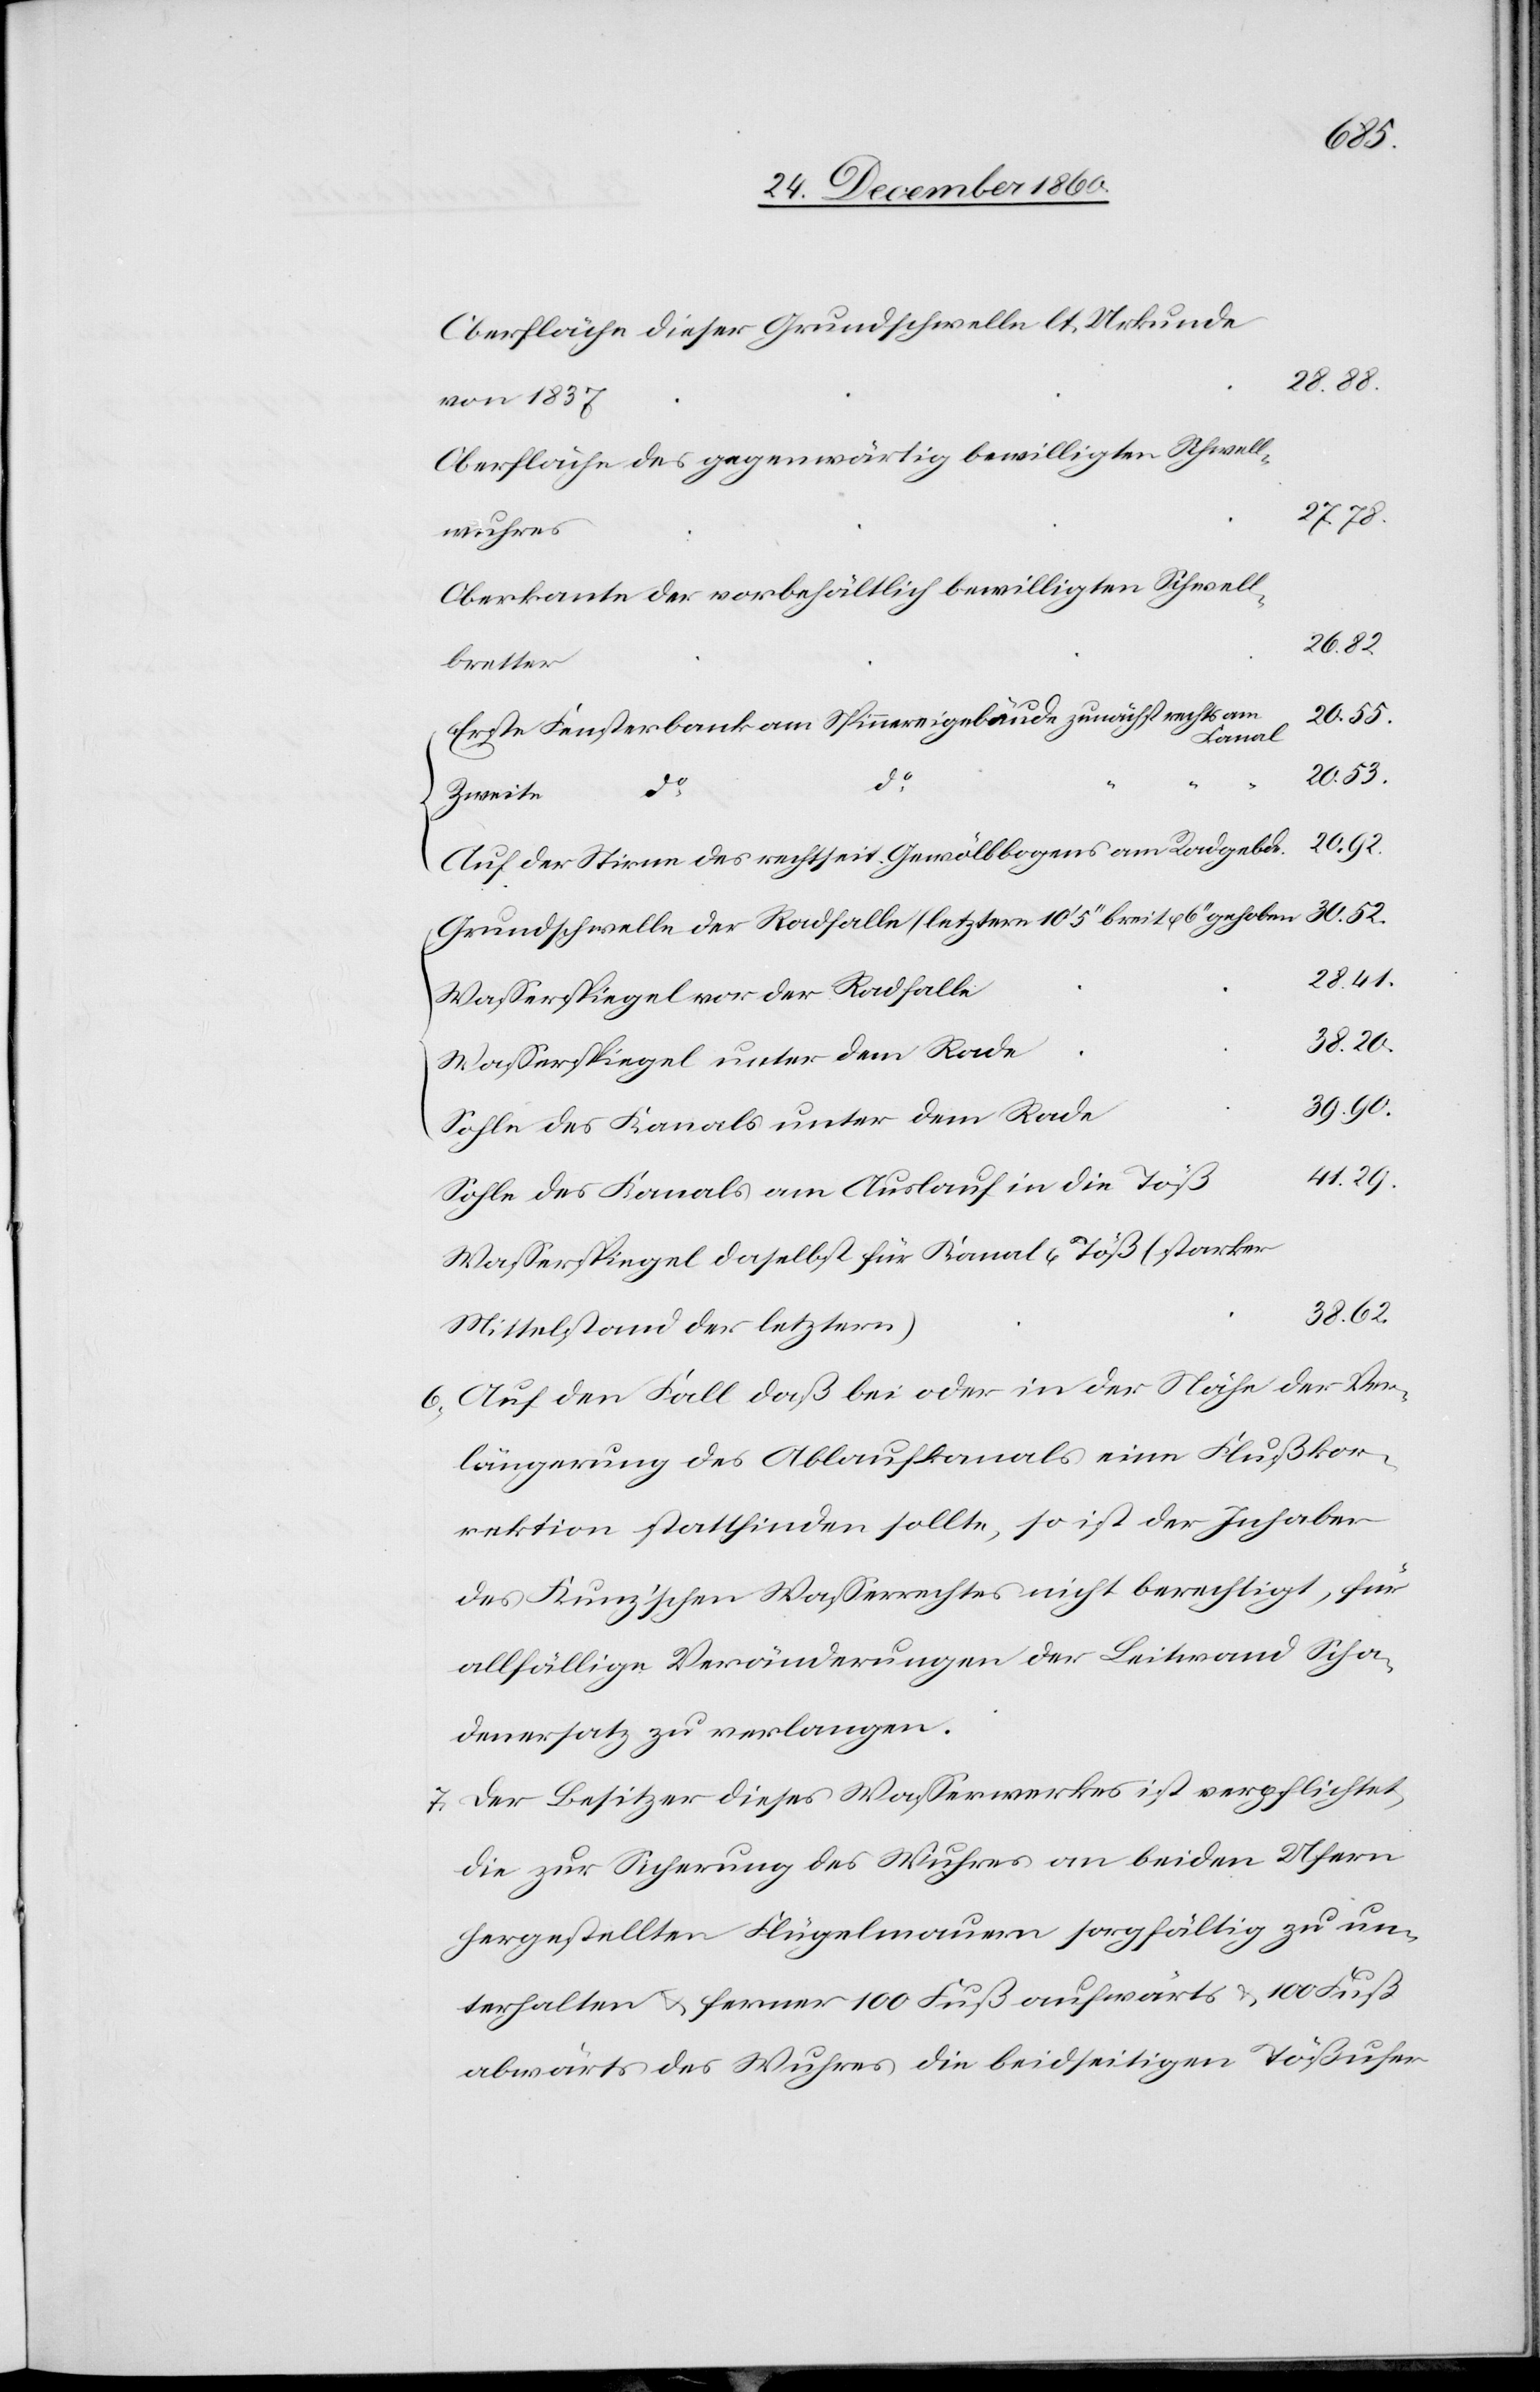
Oberfläche dieser Grundschwelle lt. Urkunde
von 1837
Oberfläche des gegenwärtig bewilligten Schwell¬
27 78
wuhres
Oberkante der vorbehältlich bewilligten Schwell¬
38 62
bretter
Kanal
do
38 20
Zweite
rechts
Auf der Stirne des rechtseit. Gewölbbogens am Radgebd.
Grundschwelle der Radfalle (letztere 10’ 5’’ breit u. 6’’ behoben[)]
Wasserspiegel vor der Radfalle
Wasserspiegel unter dem Rade
39 90
Sohle des Kanals unter dem Rade
41 29
Sohle des Kanals am Auslauf in die Töß
Wasserspiegel daselbst für Kanal u. Töß (starker
Mittelstand der letztern)
6. Auf den Fall daß bei oder in der Nähe der Ver¬
längerung des Ablaufkanals eine Flußkor¬
rektion stattfinden sollte, so ist der Inhaber
des Kunz’schen Wasserrechtes nicht berechtigt, für
allfällige Veränderungen der Leitwand Scha¬
denersatz zu verlangen.
7. Der Besitzer dieses Wasserwerkes ist verpflichtet,
die zur Sicherung des Wuhres an beiden Ufern
hergestellten Flügelmauern sorgfältig zu un¬
terhalten u. ferner 100 Fuß aufwärts u. 100 Fuß
abwärts des Wuhres die beidseitigen Tößufer